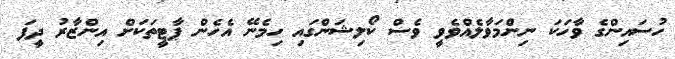
ހުސައިންގެ ވާހަކަ ނިންމަވާލެއްވެވީ ވެސް ކޯލިޝަންގައި ހިމެނޭ އެހެން ޕާޓީތަކަށް އިންޒާރު ދީފަ